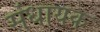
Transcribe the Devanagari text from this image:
संधायक